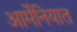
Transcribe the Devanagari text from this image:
आर्मेनियात